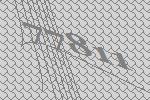
77811